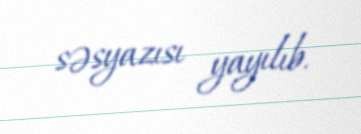
səsyazısı yayılıb.